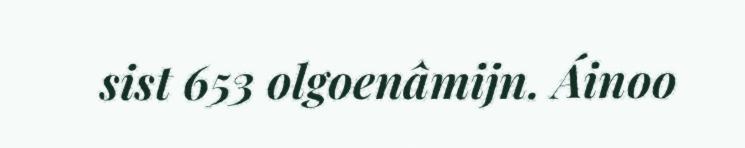
sist 653 olgoenâmijn. Áinoo